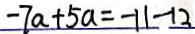
- 7 a + 5 a = - 1 1 - 1 2